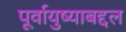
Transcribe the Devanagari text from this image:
पूर्वायुष्याबद्दल